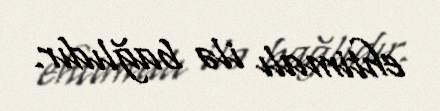
ehtimalı ilə bağlıdır.